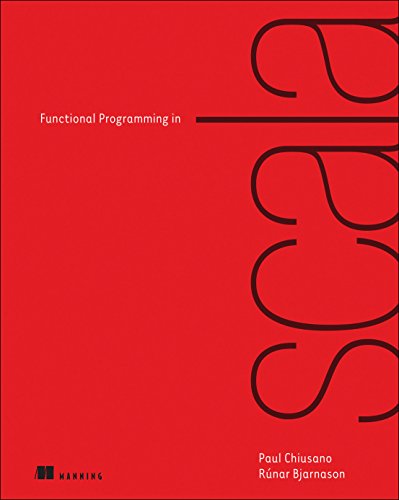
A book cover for Functional Programming in Scala; Paul Chiusano; Computers & Technology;